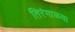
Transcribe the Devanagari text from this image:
तिरंगाळ्या